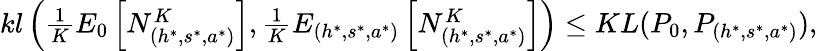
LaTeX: \begin{array}{r}{kl\left(\frac{1}{K}E_{0}\left[N_{(h^{*},s^{*},a^{*})}^{K}\right],\frac{1}{K}E_{(h^{*},s^{*},a^{*})}\left[N_{(h^{*},s^{*},a^{*})}^{K}\right]\right)\leq KL(P_{0},P_{(h^{*},s^{*},a^{*})}),}\end{array}